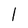
Character: l